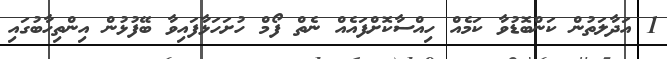
1 އަދާލަތުން ކަންބޮޑުވާ ކަމެއް ހިއްސާކޮށްފައެއް ނެތް ފޯމް ހުށަހަޅާފައިވާ ބޭފުޅުން އިންތިހާބުގައި